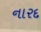
નારદ